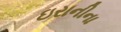
ઇરાનીના